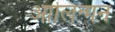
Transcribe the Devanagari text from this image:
आलिन्गन